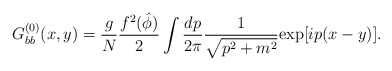
\begin{align*}G_{bb}^{(0)} (x,y) = \frac{{ g}}{N } \frac{{ f^{2} ( {\hat{\phi}} ) }}{2 } \int \frac{{ dp}}{2 \pi } \frac{{ 1}}{ \sqrt{p^{2} +m^{2}} }{\exp }{[i p (x-y)]}.\end{align*}